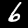
Label: 6